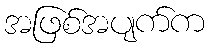
အဖြစ်အပျက်က